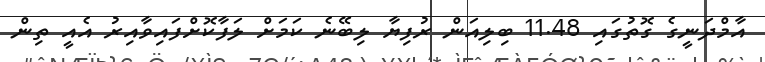
އާމްދަނީގެ ގޮތުގައި 11.48 ބިލިއަން ރުފިޔާ ލިބޭނެ ކަމަށް ލަފާކޮށްފައިވާއިރު އެއީ ތިން